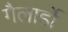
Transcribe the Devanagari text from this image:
गैलार्डो